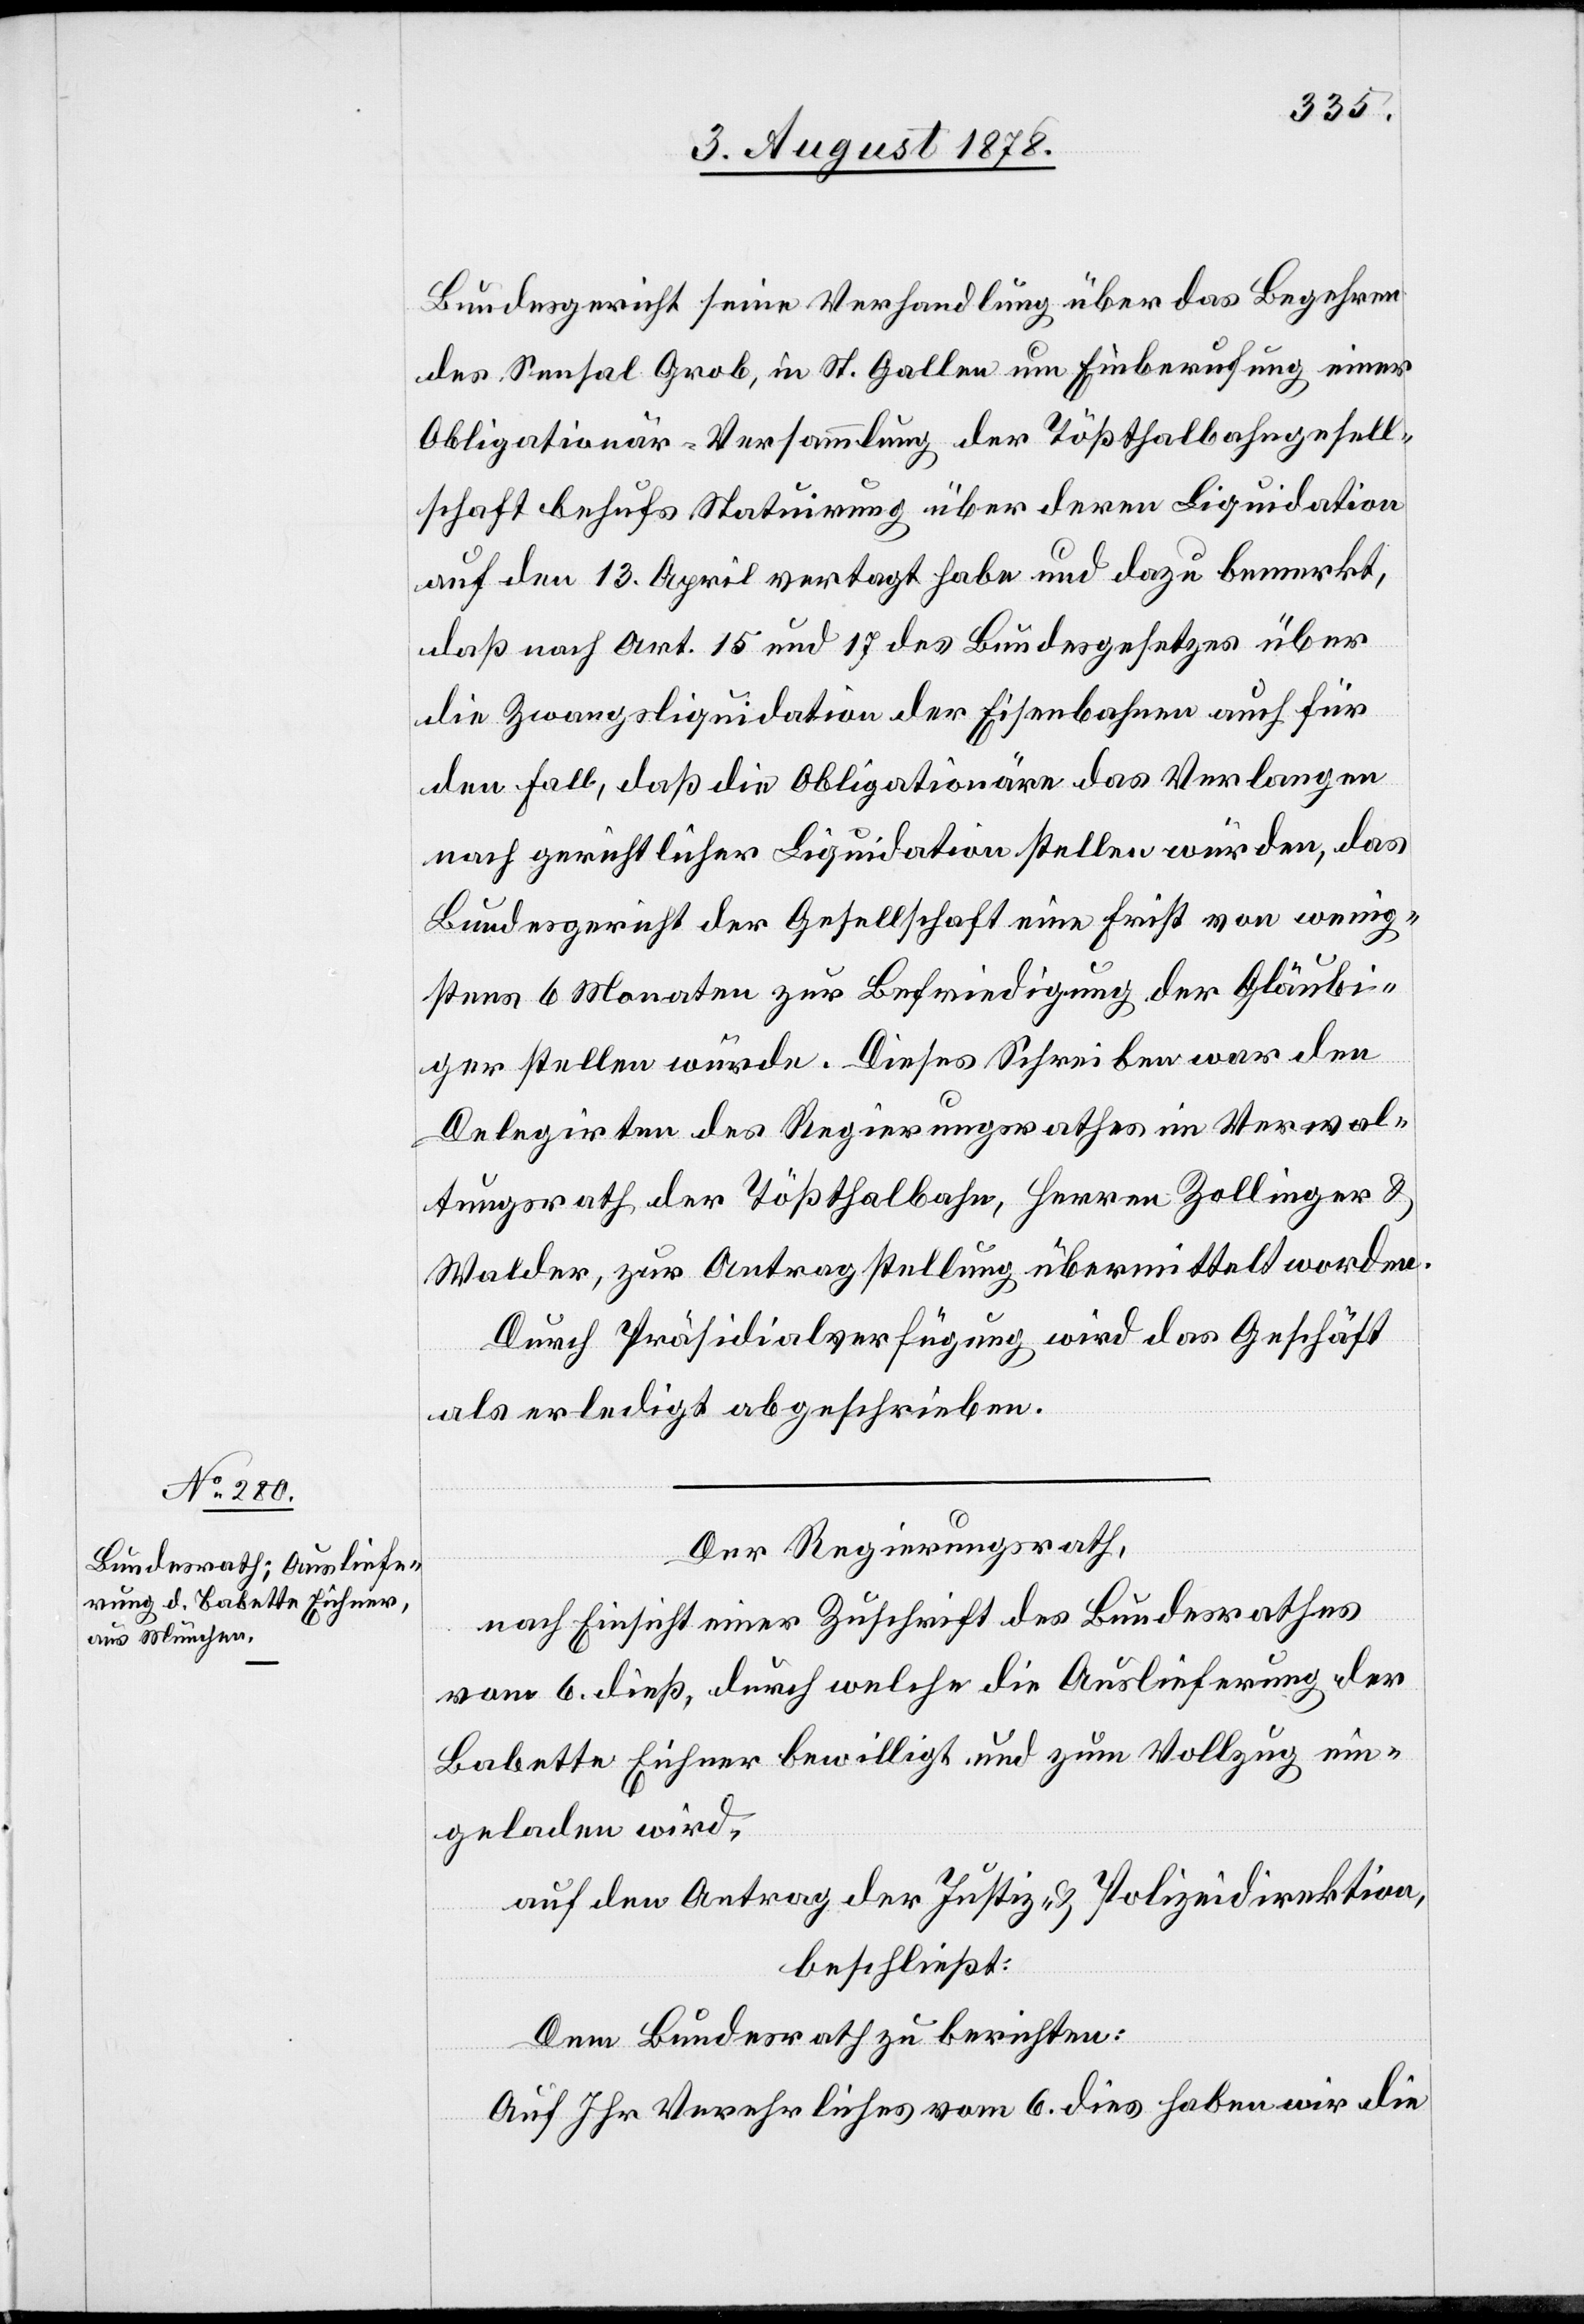
9. August 1878.]
Bundesgericht seine Verhandlung über das Begehren
des Sensal Grob, in St. Gallen um Einberufung einer
Obligationär-Versammlung der Tößthalbahngesell¬
schaft behufs Statuirung über deren Liquidation
auf den 13. April vertagt habe und dazu bemerkt,
daß nach Art. 15 und 17 des Bundesgesetzes über
die Zwangsliquidation der Eisenbahnen auch für
den Fall, daß die Obligationäre das Verlangen
nach gerichtlicher Liquidation stellen würden, das
Bundesgericht der Gesellschaft eine Frist von wenig¬
stens 6 Monaten zur Befriedigung der Gläubi¬
ger stellen würde. Dieses Schreiben war den
Delegirten des Regierungsrathes im Verwal¬
tungsrath der Tößthalbahn, Herren Zollinger &
Walder, zur Antragstellung übermittelt worden.
Durch Präsidialverfügung wird das Geschäft
als erledigt abgeschrieben.
Der Regierungsrath,
nach Einsicht einer Zuschrift des Bundesrathes
vom 6. dieß, durch welche die Auslieferung der
Babette Eichner bewilligt und zum Vollzug ein¬
geladen wird,
auf den Antrag der Justiz- & Polizeidirektion,
beschließt:
Dem Bundesrath zu berichten:
Auf Ihr Verehrliches vom 6. dies haben wir die